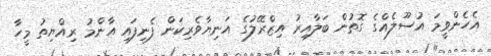
އެހެންވީމަ އުސޫލެއްގެ ގޮތުން ބަލާއިރު އިޒްރޭލުގެ އަނިޔާވެރިކަން ފެނިފައި އާންމު ރިއްޔިތު މީހާ